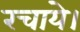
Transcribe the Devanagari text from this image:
रचाये।